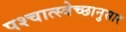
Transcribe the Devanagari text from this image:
पश्चात्स्वेच्छानुसार